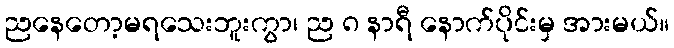
ညနေတော့မရသေးဘူးကွာ၊ ည ၈ နာရီ နောက်ပိုင်းမှ အားမယ်။